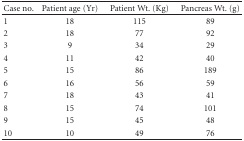
<table><thead><tr><td><b>Case no.</b></td><td><b>Patient age (Yr)</b></td><td><b>Patient Wt. (Kg)</b></td><td><b>Pancreas Wt. (g)</b></td></tr></thead><tbody><tr><td>1</td><td>18</td><td>115</td><td>89</td></tr><tr><td>2</td><td>18</td><td>77</td><td>92</td></tr><tr><td>3</td><td>9</td><td>34</td><td>29</td></tr><tr><td>4</td><td>11</td><td>42</td><td>40</td></tr><tr><td>5</td><td>15</td><td>86</td><td>189</td></tr><tr><td>6</td><td>16</td><td>56</td><td>59</td></tr><tr><td>7</td><td>18</td><td>43</td><td>41</td></tr><tr><td>8</td><td>15</td><td>74</td><td>101</td></tr><tr><td>9</td><td>15</td><td>45</td><td>48</td></tr><tr><td>10</td><td>10</td><td>49</td><td>76</td></tr></tbody></table>